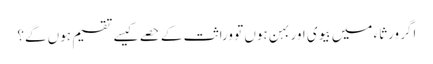
اگر ورثاء میں بیوی اور بہن ہوں تو وراثت کے حصے کیسے تقسیم ہوں گے؟